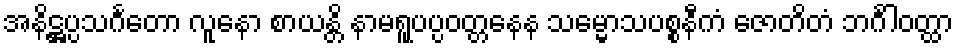
အနိဋ္ဌပ္ပသင်္ဂတော လူနော စာယန္တိ နာမရူပပ္ပဝတ္တနေန သမ္မောသပစ္စနီကံ ဇောတိတံ ဘင်္ဂါဝတ္ထာ